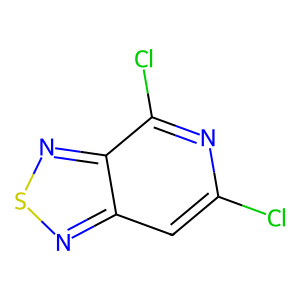
SMILES: Clc1cc2nsnc2c(Cl)n1
Inhibits HIV replication: No